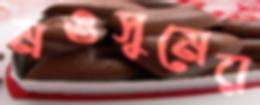
মওসুমের